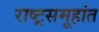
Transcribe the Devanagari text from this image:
राष्ट्रसमूहांत